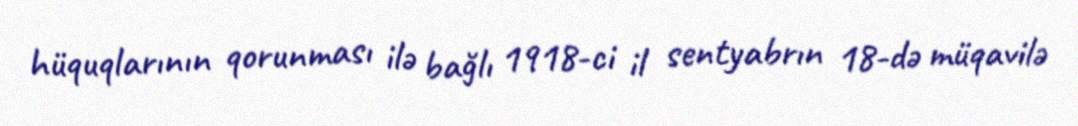
hüquqlarının qorunması ilə bağlı 1918-ci il sentyabrın 18-də müqavilə